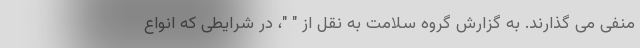
منفی می گذارند. به گزارش گروه سلامت به نقل از " "، در شرایطی که انواع